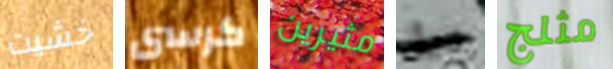
خشيت كرسى مثيرين ذيل مثلج